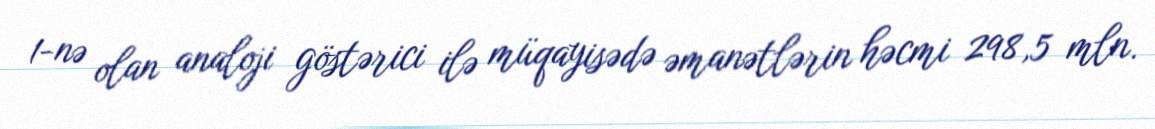
1-nə olan analoji göstərici ilə müqayisədə əmanətlərin həcmi 298,5 mln.